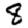
Digit: 8